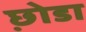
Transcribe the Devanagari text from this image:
छ़ोडा